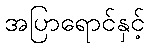
အပြာရောင်နှင့်